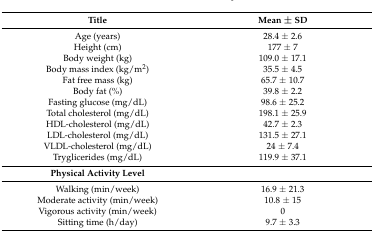
<table><thead><tr><td><b>Title</b></td><td><b>Mean ± SD</b></td></tr></thead><tbody><tr><td>Age (years)</td><td>28.4 ± 2.6</td></tr><tr><td>Height (cm)</td><td>177 ± 7</td></tr><tr><td>Body weight (kg)</td><td>109.0 ± 17.1</td></tr><tr><td>Body mass index (kg/m<sup>2</sup>)</td><td>35.5 ± 4.5</td></tr><tr><td>Fat free mass (kg)</td><td>65.7 ± 10.7</td></tr><tr><td>Body fat (%)</td><td>39.8 ± 2.2</td></tr><tr><td>Fasting glucose (mg/dL)</td><td>98.6 ± 25.2</td></tr><tr><td>Total cholesterol (mg/dL)</td><td>198.1 ± 25.9</td></tr><tr><td>HDL-cholesterol (mg/dL)</td><td>42.7 ± 2.3</td></tr><tr><td>LDL-cholesterol (mg/dL)</td><td>131.5 ± 27.1</td></tr><tr><td>VLDL-cholesterol (mg/dL)</td><td>24 ± 7.4</td></tr><tr><td>Tryglicerides (mg/dL)</td><td>119.9 ± 37.1</td></tr><tr><td><b>Physical Activity Level</b></td><td>[EMPTY_CELL]</td></tr><tr><td>Walking (min/week)</td><td>16.9 ± 21.3</td></tr><tr><td>Moderate activity (min/week)</td><td>10.8 ± 15</td></tr><tr><td>Vigorous activity (min/week)</td><td>0</td></tr><tr><td>Sitting time (h/day)</td><td>9.7 ± 3.3</td></tr></tbody></table>